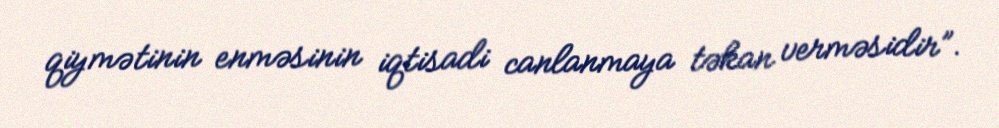
qiymətinin enməsinin iqtisadi canlanmaya təkan verməsidir”.